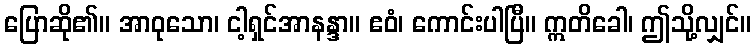
ပြောဆို၏။ အာဝုသော၊ ငါ့ရှင်အာနန္ဒာ။ ဧဝံ၊ ကောင်းပါပြီ။ ဣတိခေါ၊ ဤသို့လျှင်။